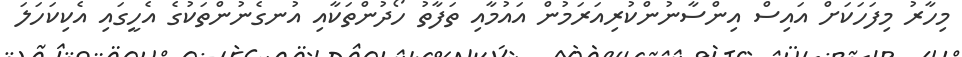
މިހާރު މިފަހަކަށް އައިސް އިންސާނުންކުރިއަރަމުން އައުމާއި ތަފާތު ހޯދުންތަކާއި އުނގެނުންތަކުގެ އެހީގައި އެކިކަހަލަ